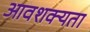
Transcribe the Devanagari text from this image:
आवशक्यता